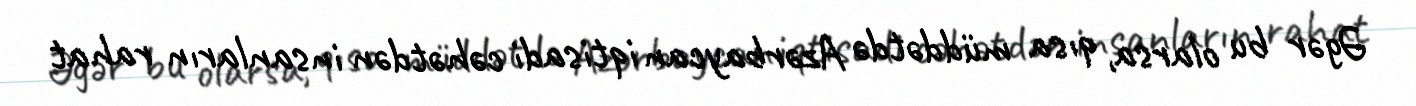
Əgər bu olarsa, qısa müddətdə Azərbaycan iqtisadi cəhətdən insanların rahat